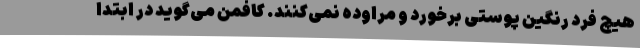
هیچ فرد رنگین پوستی برخورد و مراوده نمی‌کنند. کافمن می‌گوید در ابتدا